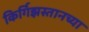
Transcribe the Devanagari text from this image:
किर्गिझस्तानच्या